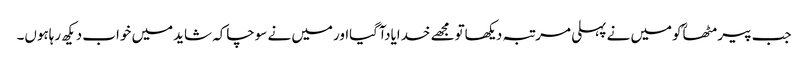
جب پیرمٹھاؒکومیں نے پہلی مرتبہ دیکھاتومجھے خدایادآگیااورمیں نے سوچاکہ شایدمیں خواب دیکھ رہاہوں۔